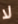
لا